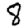
Digit: 8